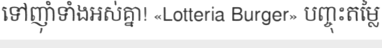
ទៅញ៉ាំទាំងអស់គ្នា! «Lotteria Burger» បញ្ចុះតម្លៃ